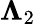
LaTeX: \boldsymbol{\Lambda}_{2}